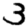
Digit: 3